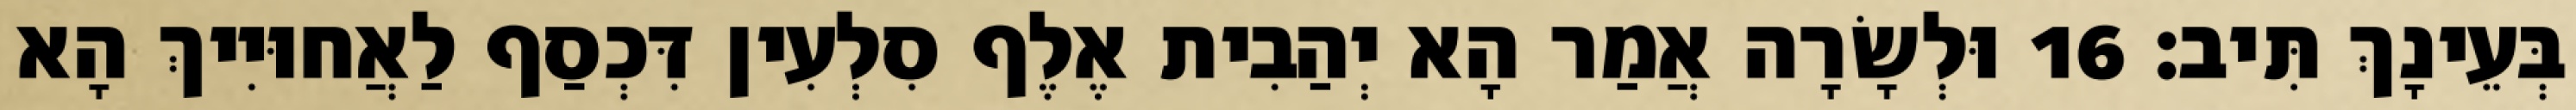
בְּעֵינָךְ תִּיב׃ 16 וּלְשָׂרָה אֲמַר הָא יְהַבִית אֶלֶף סִלְעִין דִּכְסַף לַאֲחוּיִיךְ הָא